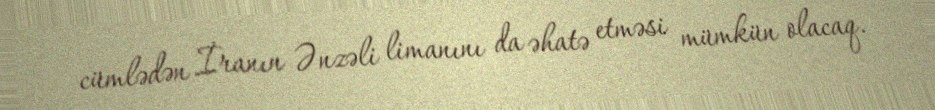
cümlədən İranın Ənzəli limanını da əhatə etməsi mümkün olacaq.